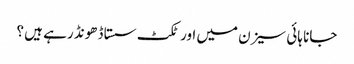
جانا ہائی سیزن میں اور ٹکٹ سستا ڈھونڈ رہے ہیں ؟